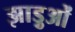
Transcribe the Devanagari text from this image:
झाड़ुओं